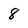
Character: 8